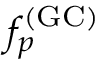
f _ { p } ^ { ( \mathrm { G C ) } }